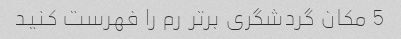
5 مکان گردشگری برتر رم را فهرست کنید